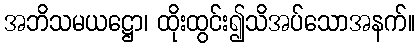
အဘိသမယဋ္ဌော၊ ထိုးထွင်း၍သိအပ်သောအနက်။